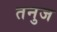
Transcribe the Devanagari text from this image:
तनुज